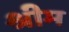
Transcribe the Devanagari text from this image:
श्रीम